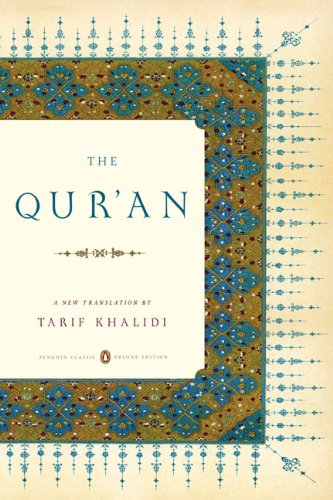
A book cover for The Qur'an: A New Translation; Religion & Spirituality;